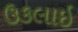
ઉકલાઇ